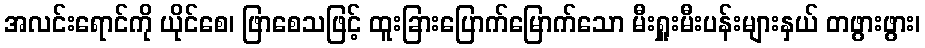
အလင်းရောင်ကို ယိုင်စေ၊ ဖြာစေသဖြင့် ထူးခြားပြောက်မြောက်သော မီးရှူးမီးပန်းများနှယ် တဖွားဖွား၊